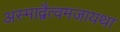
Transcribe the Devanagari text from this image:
अस्माद्वैत्वमजायथा